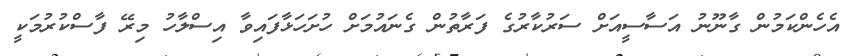
އެހެންކަމުން ގާނޫނު އަސާސީއަށް ސަރުކާރުގެ ފަރާތުން ގެނައުމަށް ހުށަހަޅާފައިވާ އިސްލާހު މިރޭ ފާސްކުރުމަކީ